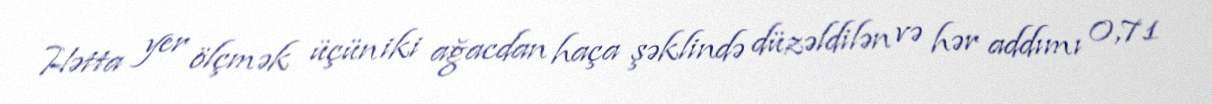
Hətta yer ölçmək üçün iki ağacdan haça şəklində düzəldilən və hər addımı 0,71